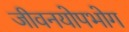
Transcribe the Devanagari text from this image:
जीवनयोपभोग